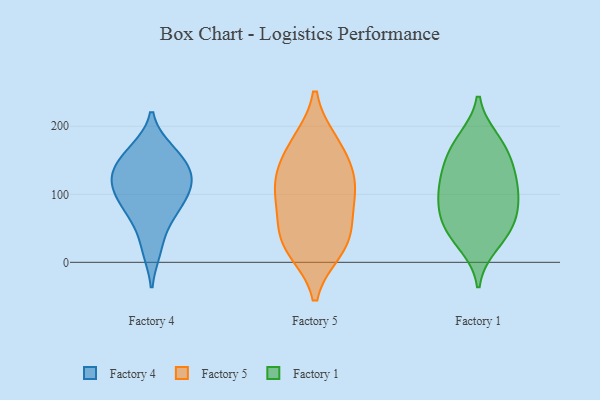
{"axis": {"x": "Market Share (%)", "y": "Value"}, "legend": ["Factory 1", "Factory 4", "Factory 5"], "data": [{"x": "", "y": 125, "type": "Factory 4"}, {"x": "", "y": 165, "type": "Factory 4"}, {"x": "", "y": 19, "type": "Factory 4"}, {"x": "", "y": 104, "type": "Factory 4"}, {"x": "", "y": 79, "type": "Factory 4"}, {"x": "", "y": 135, "type": "Factory 4"}, {"x": "", "y": 128, "type": "Factory 4"}, {"x": "", "y": 65, "type": "Factory 4"}, {"x": "", "y": 159, "type": "Factory 4"}, {"x": "", "y": 101, "type": "Factory 4"}, {"x": "", "y": 20, "type": "Factory 5"}, {"x": "", "y": 62, "type": "Factory 5"}, {"x": "", "y": 28, "type": "Factory 5"}, {"x": "", "y": 170, "type": "Factory 5"}, {"x": "", "y": 93, "type": "Factory 5"}, {"x": "", "y": 33, "type": "Factory 5"}, {"x": "", "y": 119, "type": "Factory 5"}, {"x": "", "y": 175, "type": "Factory 5"}, {"x": "", "y": 110, "type": "Factory 5"}, {"x": "", "y": 130, "type": "Factory 5"}, {"x": "", "y": 180, "type": "Factory 1"}, {"x": "", "y": 89, "type": "Factory 1"}, {"x": "", "y": 115, "type": "Factory 1"}, {"x": "", "y": 63, "type": "Factory 1"}, {"x": "", "y": 134, "type": "Factory 1"}, {"x": "", "y": 27, "type": "Factory 1"}, {"x": "", "y": 50, "type": "Factory 1"}, {"x": "", "y": 44, "type": "Factory 1"}, {"x": "", "y": 130, "type": "Factory 1"}, {"x": "", "y": 100, "type": "Factory 1"}, {"x": "", "y": 174, "type": "Factory 1"}, {"x": "", "y": 158, "type": "Factory 1"}, {"x": "", "y": 82, "type": "Factory 1"}]}